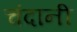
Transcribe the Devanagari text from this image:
चंदानी